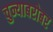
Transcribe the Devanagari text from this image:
चुन्याबरोबर